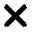
\pmb { \times }